Vaccination report Assam 1874-1896 - 1874-1896
Year: 1874
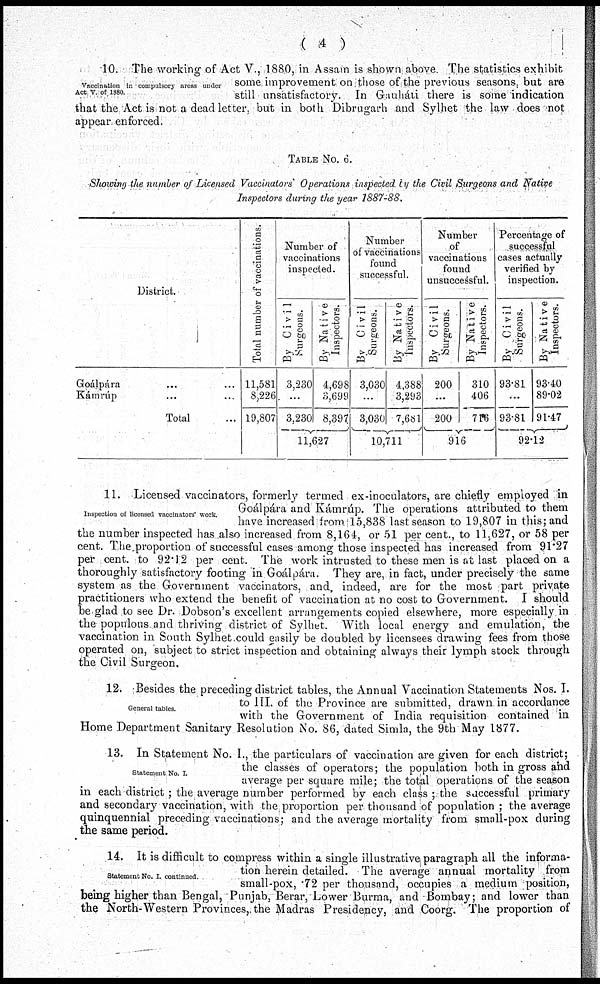
( 4 )
Vaccination in compulsory areas under
Act V. of 1880.
10. The working of Act V., 1880, in Assam is shown above. The statistics exhibit
some improvement on those of the previous seasons, but are
still unsatisfactory. In Gauháti there is some indication
that the Act is not a dead letter, but in both Dibrugarh and Sylhet the law does not
appear enforced.
TABLE No. 6.
Showing the number of Licensed Vaccinators' Operations inspected by the Civil Surgeons and Native
Inspectors during the year 1887-88.
District.
Goálpara .... ....
Kámrúp .... ....
Total ....
Total number of vaccinations.
11,581
8,226
19,807
Number of
vaccinations
inspected.
By Civil
Surgeons.
3,230
...
3,230
By Native
Inspectors.
4,698
3,699
8,397
11,627
Number
of vaccinations
found
successful.
By Civil
Surgeons.
3,030
...
3,030
By Native
Inspectors.
4,388
3,293
7,681
10,711
Number
of
vaccinations
found
unsuccessful.
By Civil
Surgeons.
200
...
200
By Native
Inspectors.
310
406
716
916
Percentage of
successful
cases actually
verified by
inspection.
By Civil
Surgeons.
93.81
...
93.81
By Native
Inspectors.
93.40
89.02
91.47
92.12
Inspection of licensed vaccinators' work.
11. Licensed vaccinators, formerly termed ex-inoculators, are chiefly employed in
Goálpára and Kámrúp. The operations attributed to them
have increased from 15,838 last season to 19,807 in this; and
the number inspected has also increased from 8,164, or 51 per cent., to 11,627, or 58 per
cent. The proportion of successful cases among those inspected has increased from 91.27
per cent. to 92.12 per cent. The work intrusted to these men is at last placed on a
thoroughly satisfactory footing in Goálpára. They are, in fact, under precisely the same
system as the Government vaccinators, and, indeed, are for the most part private
practitioners who extend the benefit of vaccination at no cost to Government. I should
be glad to see Dr. Dobson's excellent arrangements copied elsewhere, more especially in
the populous and thriving district of Sylhet. With local energy and emulation, the
vaccination in South Sylhet could easily be doubled by licensees drawing fees from those
operated on, subject to strict inspection and obtaining always their lymph stock through
the Civil Surgeon.
General tables.
12. Besides the preceding district tables, the Annual Vaccination Statements Nos. I.
to III. of the Province are submitted, drawn in accordance
with the Government of India requisition contained in
Home Department Sanitary Resolution No. 86, dated Simla, the 9th May 1877.
Statement No. I.
13. In Statement No. I., the particulars of vaccination are given for each district;
the classes of operators; the population both in gross and
average per square mile; the total operations of the season
in each district; the average number performed by each class ; the successful primary
and secondary vaccination, with the proportion per thousand of population ; the average
quinquennial preceding vaccinations; and the average mortality from small-pox during
the same period.
Statement No. I. continued.
14. It is difficult to compress within a single illustrative paragraph all the informa-
tion herein detailed. The average annual mortality from
small-pox, .72 per thousand, occupies a medium position,
being higher than Bengal, Punjab, Berar, Lower Burma, and Bombay; and lower than
the North-Western Provinces,. the Madras Presidency, and Coorg. The proportion of